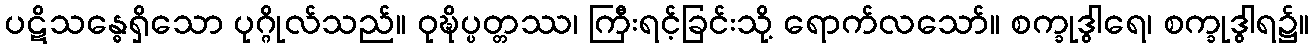
ပဋိသန္ဓေရှိသော ပုဂ္ဂိုလ်သည်။ ဝုဍ္ဎိပ္ပတ္တဿ၊ ကြီးရင့်ခြင်းသို့ ရောက်လသော်။ စက္ခုဒွါရေ၊ စက္ခုဒွါရ၌။